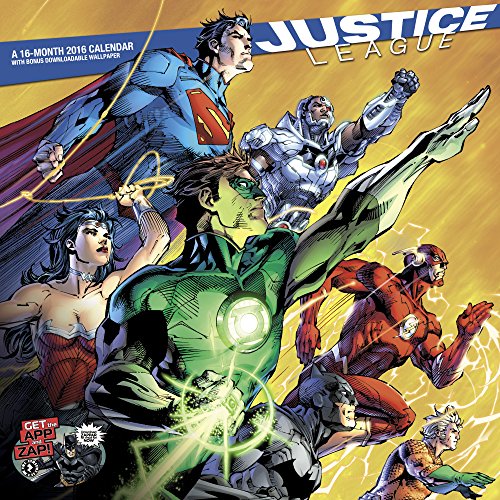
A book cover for Justice League Wall Calendar (2016); Day Dream; Calendars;